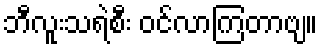
ဘီလူးသရဲစီး ဝင်လာကြတာဗျ။